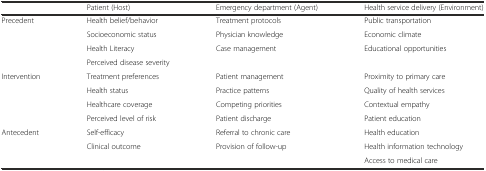
|  | Patient (Host) | Emergency department (Agent) | Health service delivery (Environment) |
 | --- | --- | --- | --- |
 | <ROWSPAN=4> Precedent | Health belief/behavior | Treatment protocols | Public transportation |
 | Socioeconomic status | Physician knowledge | Economic climate |
 | Health Literacy | <ROWSPAN=2> Case management | <ROWSPAN=2> Educational opportunities |
 | Perceived disease severity |
 | <ROWSPAN=4> Intervention | Treatment preferences | Patient management | Proximity to primary care |
 | Health status | Practice patterns | Quality of health services |
 | Healthcare coverage | Competing priorities | Contextual empathy |
 | Perceived level of risk | Patient discharge | Patient education |
 | <ROWSPAN=3> Antecedent | Self-efficacy | Referral to chronic care | Health education |
 | <ROWSPAN=2> Clinical outcome | <ROWSPAN=2> Provision of follow-up | Health information technology |
 | Access to medical care |